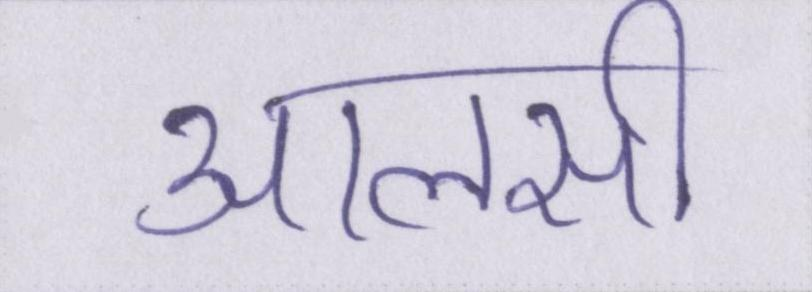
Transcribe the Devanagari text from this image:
आलसी